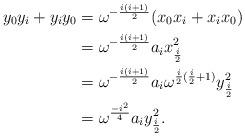
LaTeX: \begin{align*}y_0 y_i + y_i y_0 &= \omega^{-\frac{i(i+1)}{2}}(x_0 x_i + x_i x_0)\\ &= \omega^{-\frac{i(i+1)}{2}} a_i x_{\frac{i}{2}}^2\\ &= \omega^{-\frac{i(i+1)}{2}} a_i \omega^{\frac{i}{2}(\frac{i}{2}+1)} y_{\frac{i}{2}}^2 \\ &= \omega^{\frac{-i^2}{4}}a_i y_{\frac{i}{2}}^2.\end{align*}